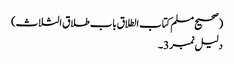
(صحیح مسلم کتاب الطلاق باب طلاق الثلاث)
دلیل نمبر 3۔